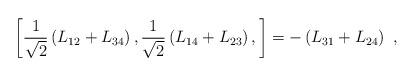
LaTeX: \begin{align*}\left[\frac{1}{\sqrt{2}} \left( L_{12} + L_{34} \right),\frac{1}{\sqrt{2}} \left( L_{14} + L_{23} \right),\right]= - \left( L_{31} + L_{24} \right) \ ,\end{align*}